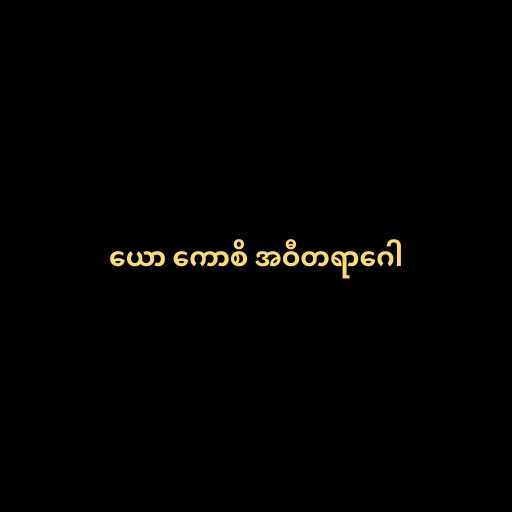
ယော ကောစိ အဝီတရာဂေါ